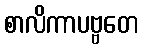
စာလိကာပဗ္ဗတေ